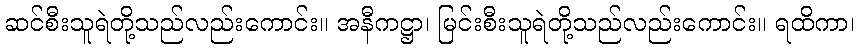
ဆင်စီးသူရဲတို့သည်လည်းကောင်း။ အနီကဋ္ဌာ၊ မြင်းစီးသူရဲတို့သည်လည်းကောင်း။ ရထိကာ၊